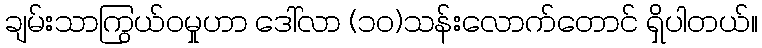
ချမ်းသာကြွယ်ဝမှုဟာ ဒေါ်လာ (၁၀)သန်းလောက်တောင် ရှိပါတယ်။